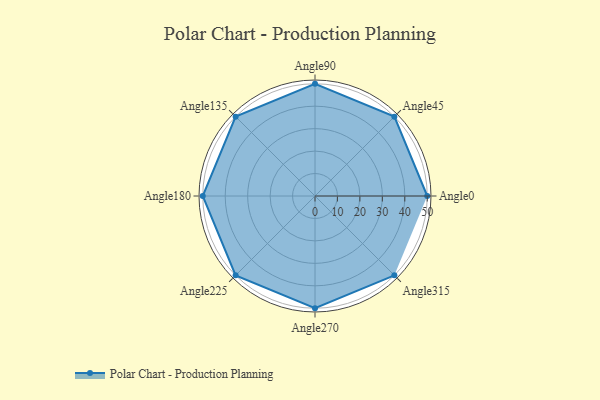
{"axis": {"x": "Angle", "y": "Radius"}, "legend": [""], "data": [{"x": "Angle0", "y": 50, "type": ""}, {"x": "Angle45", "y": 50, "type": ""}, {"x": "Angle90", "y": 50, "type": ""}, {"x": "Angle135", "y": 50, "type": ""}, {"x": "Angle180", "y": 50, "type": ""}, {"x": "Angle225", "y": 50, "type": ""}, {"x": "Angle270", "y": 50, "type": ""}, {"x": "Angle315", "y": 50, "type": ""}]}